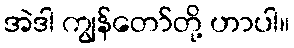
အဲဒါ ကျွန်တော်တို့ ဟာပါ။